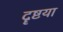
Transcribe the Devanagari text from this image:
दॄष्टया